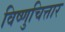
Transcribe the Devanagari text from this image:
विष्णुचित्तार